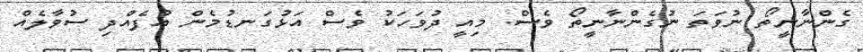
ގެންނާނީތޯ ނުވަތަ ނުގެންނާނީތޯ ވެސް. މިއީ ދުވަހަކު ވެސް އަޅުގަނޑުމެން އުފެއްދި ސުވާލެއް